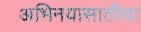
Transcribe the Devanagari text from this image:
अभिनयासाठीचा